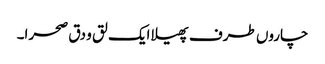
چاروں طرف پھیلا ایک لق و دق صحرا۔